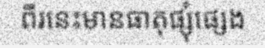
ពីរនេះមានធាតុផ្សុំផ្សេង